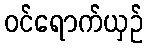
ဝင်ရောက်ယှဉ်